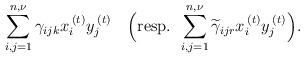
LaTeX: \begin{align*}\sum_{i,j=1}^{n,\nu}\gamma_{ijk}x_{i}^{\:\left(t\right)}y_{j}^{\:\left(t\right)}\quad\Bigl(\mbox{resp. }\sum_{i,j=1}^{n,\nu}\widetilde{\gamma}_{ijr}x_{i}^{\:\left(t\right)}y_{j}^{\:\left(t\right)}\Bigr).\end{align*}